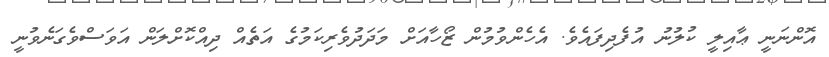
އޮންނަނީ ޢާއިލީ ކުލުނު އުފެދިފައެވެ. އެހެންވުމުން ޒޯހާއަށް މަދަދުވެރިކަމުގެ އަތެއް ދިއްކޮށްލަން އަވަސްވެގަނެވުނީ